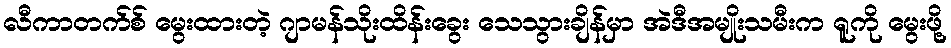
လီကာတက်စ် မွေးထားတဲ့ ဂျာမန်သိုးထိန်းခွေး သေသွားချိန်မှာ အဲဒီအမျိုးသမီးက ရူကို မွေးဖို့